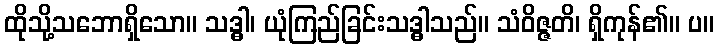
ထိုသို့သဘောရှိသော။ သဒ္ဓါ၊ ယုံကြည်ခြင်းသဒ္ဓါသည်။ သံဝိဇ္ဇတိ၊ ရှိကုန်၏။ ပ။